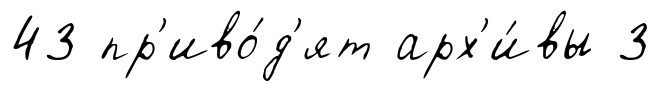
43 пр'иво́д'ят арх'и́вы 3